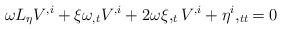
LaTeX: \begin{align*}\omega L_{\eta}V^{,i}+\xi\omega_{,t}V^{,i}+2\omega\xi,_{t}V^{,i}+\eta^{i},_{tt}=0 \end{align*}